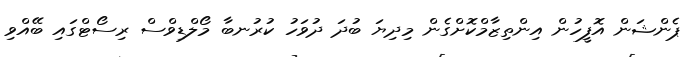
ޕެންޝަން އޮފީހުން އިންތިޒާމްކޮށްގެން މިދިޔަ ބުދަ ދުވަހު ކުރުނބާ މޯލްޑިވްސް ރިސޯޓްގައި ބޭއްވި